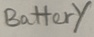
Text: Battery